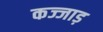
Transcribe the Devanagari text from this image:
कज्जाड़